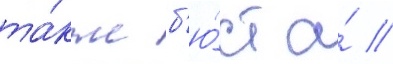
та́кже б'ю́ст а́ //